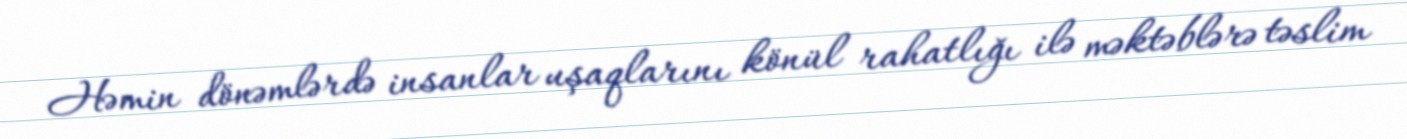
Həmin dönəmlərdə insanlar uşaqlarını könül rahatlığı ilə məktəblərə təslim